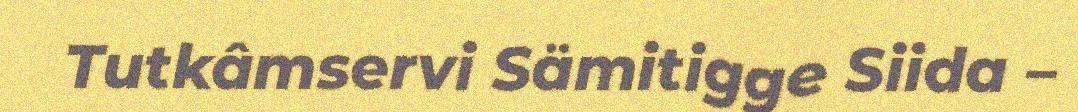
Tutkâmservi Sämitigge Siida –